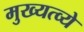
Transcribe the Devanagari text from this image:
मुख्यत्व्ये